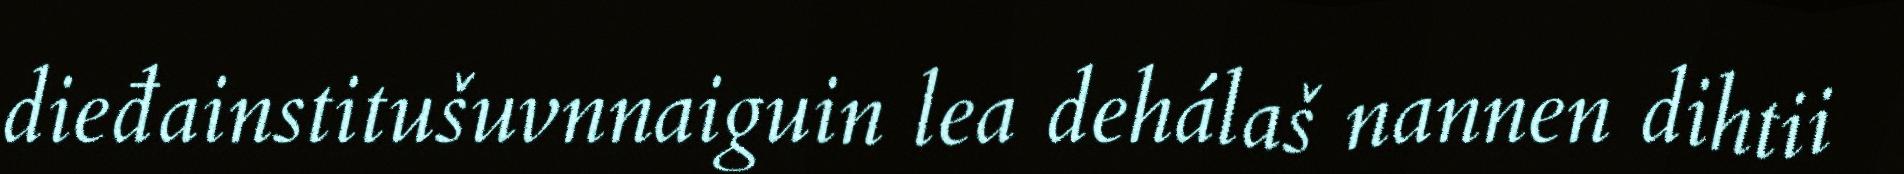
dieđainstitušuvnnaiguin lea dehálaš nannen dihtii